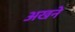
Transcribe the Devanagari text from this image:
अखने